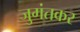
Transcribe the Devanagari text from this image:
जुगंतकर